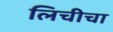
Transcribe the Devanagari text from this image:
लिचीचा